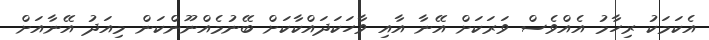
އެކަމަކު ރިހާމު އެއްވެސް ވަރަކަށް އޭނާ އާއި ވާހަކަދައްކާކަށް ބޭނުމެއްނޫންކަން މިއަދު އޭނާއަށް